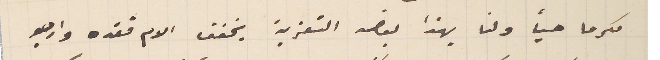
مكرما حياً ولنا بهذا بعض التعزية يخفف الام فقده وارجو